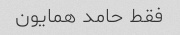
فقط حامد همایون